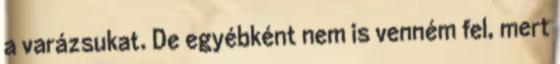
a varázsukat. De egyébként nem is venném fel, mert